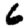
Digit: 6